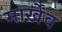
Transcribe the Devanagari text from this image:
मार्खेंव